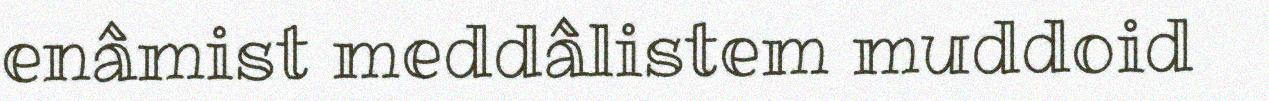
enâmist meddâlistem muddoid